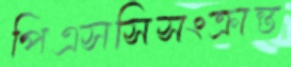
পিএসসিসংক্রান্ত